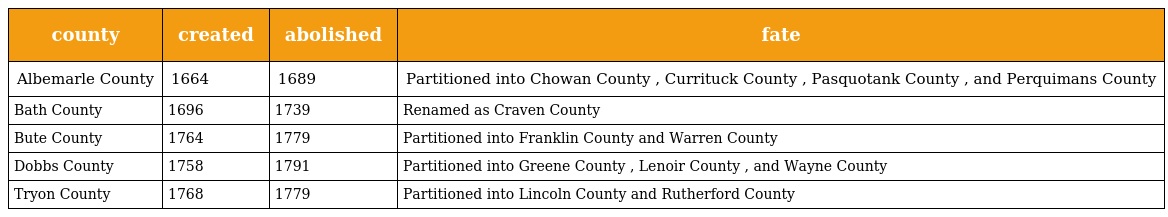
| county | created | abolished | fate |
 | --- | --- | --- | --- |
 | Albemarle County | 1664 | 1689 | Partitioned into Chowan County , Currituck County , Pasquotank County , and Perquimans County |
 | Bath County | 1696 | 1739 | Renamed as Craven County |
 | Bute County | 1764 | 1779 | Partitioned into Franklin County and Warren County |
 | Dobbs County | 1758 | 1791 | Partitioned into Greene County , Lenoir County , and Wayne County |
 | Tryon County | 1768 | 1779 | Partitioned into Lincoln County and Rutherford County |